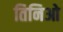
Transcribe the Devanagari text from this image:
तिनिओ